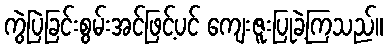
ကွဲပြဲခြင်းစွမ်းအင်ဖြင့်ပင် ကျေးဇူးပြုခဲ့ကြသည်။